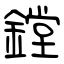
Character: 鏜